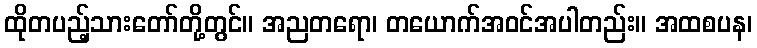
ထိုတပည့်သားတော်တို့တွင်။ အညတရော၊ တယောက်အဝင်အပါတည်း။ အထစပန၊